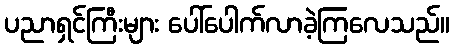
ပညာရှင်ကြီးများ ပေါ်ပေါက်လာခဲ့ကြလေသည်။